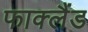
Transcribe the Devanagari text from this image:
फाक्लैंड